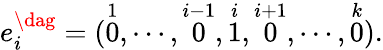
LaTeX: e_{i}^{\dag}=(\stackrel{1}{0},\cdots,\stackrel{i-1}{0},\stackrel{i}{1},\stackrel{i+1}{0},\cdots,\stackrel{k}{0}).